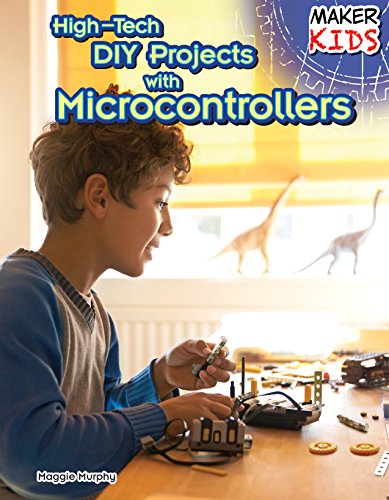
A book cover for High-Tech Diy Projects With Microcontrollers (Maker Kids); Maggie Murphy; Children's Books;